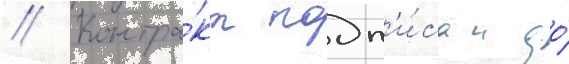
// Контра́кт подп'и́сан до́